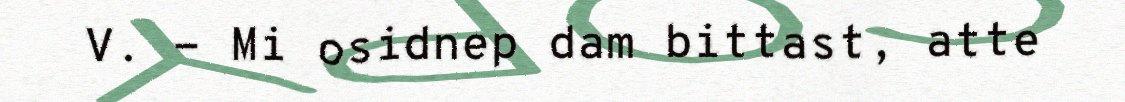
V. - Mi osidnep dam bittast, atte